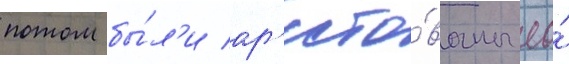
потом бы́л'и ар'есто́ваны ео́